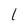
Character: l